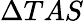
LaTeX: \Delta TAS